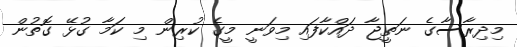
މިދިރާސާގެ ނަތީޖާ ދައްކާފައި މިވަނީ މީގެ ކުރިން މި ކަމާ ގުޅޭ ގޮތުން